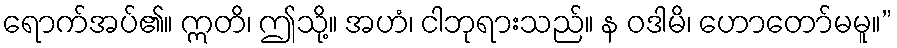
ရောက်အပ်၏။ ဣတိ၊ ဤသို့။ အဟံ၊ ငါဘုရားသည်။ န ဝဒါမိ၊ ဟောတော်မမူ။”